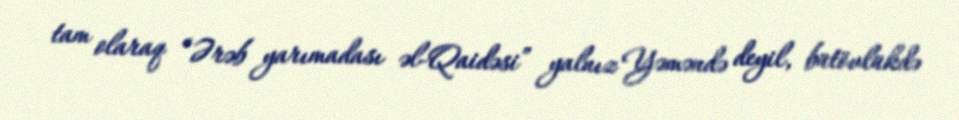
tam olaraq “Ərəb yarımadası əl-Qaidəsi” yalnız Yəməndə deyil, bütövlükdə